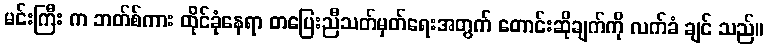
မင်းကြီး က ဘတ်စ်ကား ထိုင်ခုံနေရာ တပြေးညီသတ်မှတ်ရေးအတွက် တောင်းဆိုချက်ကို လက်ခံ ချင် သည်။